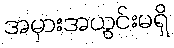
အမှားအယွင်းမရှိ